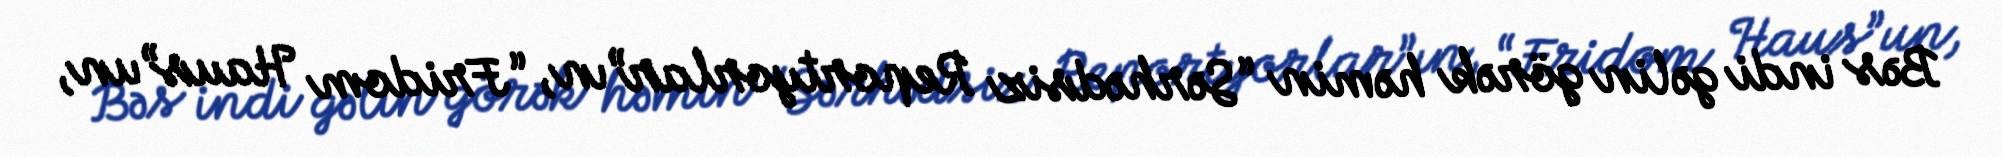
Bəs indi gəlin görək həmin “Sərhədsiz Reportyorlar”ın, “Fridom Haus”un,